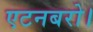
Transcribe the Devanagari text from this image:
एटनबरो।